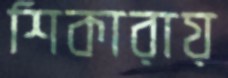
শিকারায়